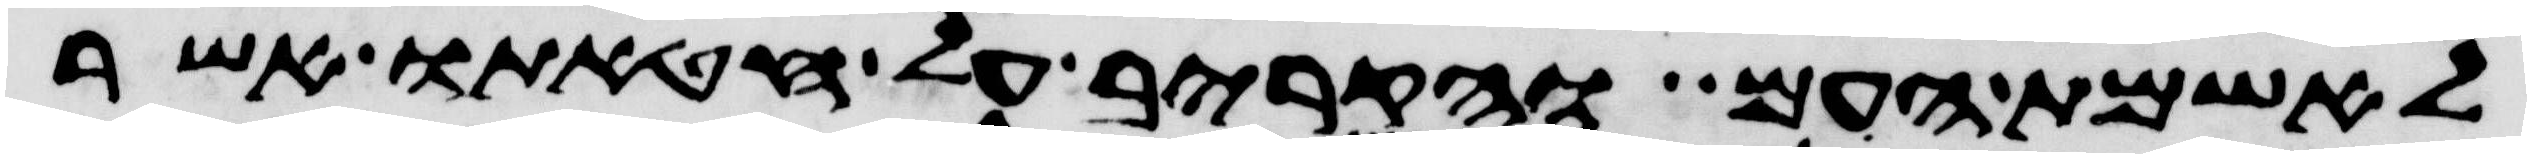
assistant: לאשמת העם והקריב על חטאתו אשר